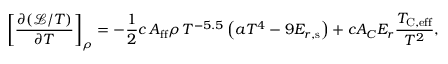
\left[ \frac { \partial ( \mathcal { L } / T ) } { \partial T } \right] _ { \rho } = - \frac { 1 } { 2 } c \, A _ { \mathrm { f f } } \rho \, T ^ { - 5 . 5 } \left( a T ^ { 4 } - 9 \ensuremath { E _ { r , \mathrm { s } } } \right) + c A _ { C } E _ { r } \frac { T _ { \mathrm { C , e f f } } } { T ^ { 2 } } ,